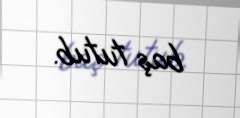
baş tutub.